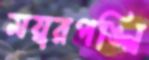
ময়ূরপঙ্খি